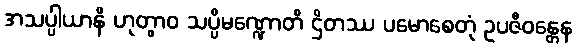
အသပ္ပါယာနိ ဟုတွာဝ သပ္ပိမဏ္ဍောတိ ဌိတဿ ပမောစေတုံ ဥပဇီဝန္တေန